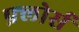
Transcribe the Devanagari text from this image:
फ़्लोर्स